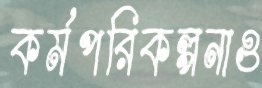
কর্মপরিকল্পনাও